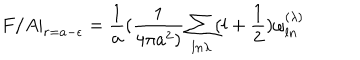
F / A | _ { r = a - \epsilon } = { \frac { 1 } { a } } ( { \frac { 1 } { 4 \pi a ^ { 2 } ) } } \sum _ { l n \lambda } ( l + { \frac { 1 } { 2 } } ) \omega _ { l n } ^ { ( \lambda ) }